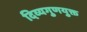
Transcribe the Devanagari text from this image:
दिव्यगुणयुक्त